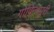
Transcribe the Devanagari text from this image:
गोविन्दपुरी